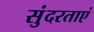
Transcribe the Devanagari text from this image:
सुंदरताएं